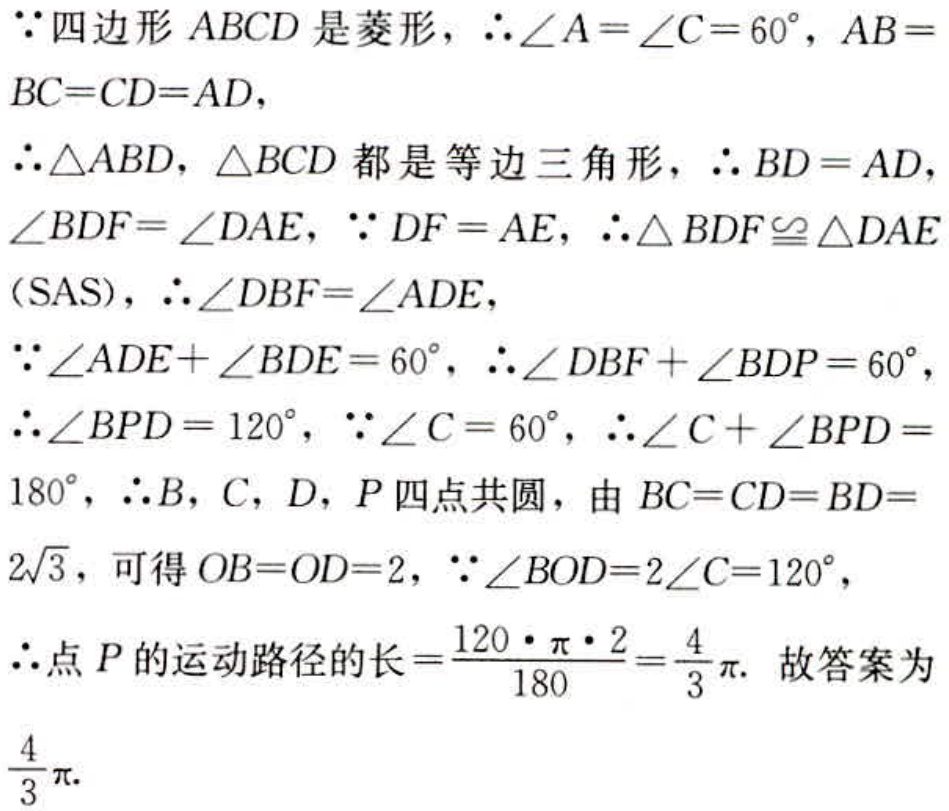
$\because$四边形$ABCD$是菱形，$\therefore \angle A=\angle C = 60^{\circ}$，$AB = BC = CD = AD$，
$\therefore \triangle ABD$，$\triangle BCD$都是等边三角形，$\therefore BD = AD$，
$\angle BDF=\angle DAE$，$\because DF = AE$，$\therefore \triangle BDF\cong \triangle DAE$
（SAS），$\therefore \angle DBF=\angle ADE$，
$\because \angle ADE+\angle BDE = 60^{\circ}$，$\therefore \angle DBF+\angle BDP = 60^{\circ}$，
$\therefore \angle BPD = 120^{\circ}$，$\because \angle C = 60^{\circ}$，$\therefore \angle C+\angle BPD = 180^{\circ}$，$\therefore B$，$C$，$D$，$P$四点共圆，由$BC = CD = BD = 2\sqrt{3}$，可得$OB = OD = 2$，$\because \angle BOD = 2\angle C = 120^{\circ}$，
$\therefore$点$P$的运动路径的长$=\frac{120\cdot \pi\cdot 2}{180}=\frac{4}{3}\pi$. 故答案为
$\frac{4}{3}\pi$.